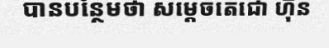
បានបន្ថែមថា សម្តេចតេជោ ហ៊ុន